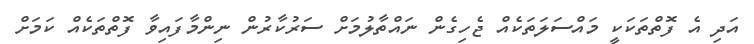
އަދި އެ ފޮތްތަކަކީ މައްސަލަތަކެއް ޖެހިގެން ނައްތާލުމަށް ސަރުކާރުން ނިންމާފައިވާ ފޮތްތަކެއް ކަމަށް